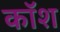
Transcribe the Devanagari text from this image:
कॉश